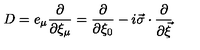
D = e _ { \mu } \frac { \partial } { \partial \xi _ { \mu } } = \frac { \partial } { \partial \xi _ { 0 } } - i \vec { \sigma } \cdot \frac { \partial } { \partial \vec { \xi } }